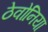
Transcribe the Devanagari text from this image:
ठेवोनिया